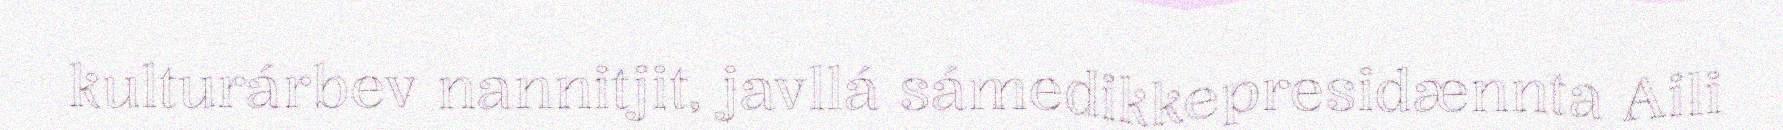
kulturárbev nannitjit, javllá sámedikkepresidænnta Aili